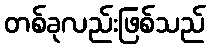
တစ်ခုလည်းဖြစ်သည်